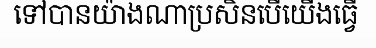
ទៅបានយ៉ាងណាប្រសិនបើយើងធ្វើ